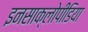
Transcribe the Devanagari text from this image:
इनसाक्लोपीडिया